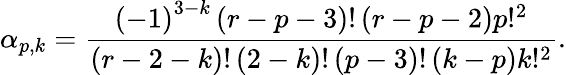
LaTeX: \alpha_{p,k}=\frac{\left(-1\right)^{3-k}\left(r-p-3\right)!\left(r-p-2\right)p!^{2}}{\left(r-2-k\right)!\left(2-k\right)!\left(p-3\right)!\left(k-p\right)k!^{2}}.